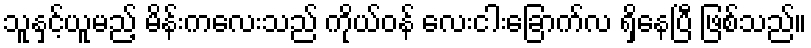
သူနှင့်ယူမည့် မိန်းကလေးသည် ကိုယ်ဝန် လေးငါးခြောက်လ ရှိနေပြီ ဖြစ်သည်။